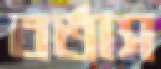
বর্তাস